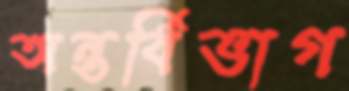
অন্তর্বিভাগ